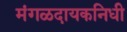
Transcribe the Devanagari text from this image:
मंगळदायकनिधी